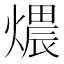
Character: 𤏏